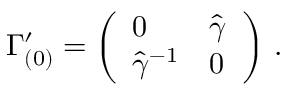
\Gamma _ { ( 0 ) } ^ { \prime } = \left( \begin{array} { l l } { { 0 } } & { { \hat { \gamma } } } \\ { { \hat { \gamma } ^ { - 1 } } } & { { 0 } } \end{array} \right) \, .